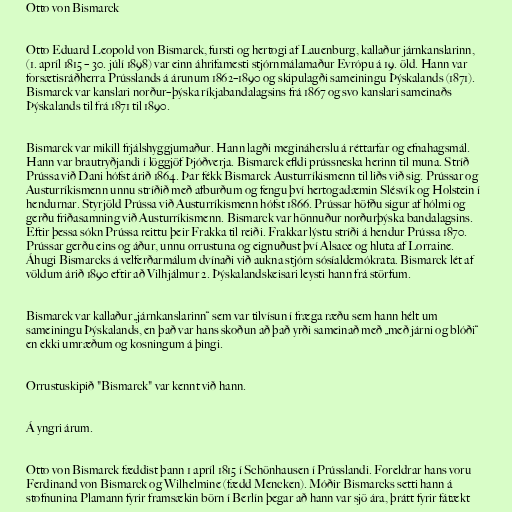
Otto von Bismarck

Otto Eduard Leopold von Bismarck, fursti og hertogi af Lauenburg, kallaður járnkanslarinn,
(1. apríl 1815 – 30. júlí 1898) var einn áhrifamesti stjórnmálamaður Evrópu á 19. öld. Hann var
forsætisráðherra Prússlands á árunum 1862–1890 og skipulagði sameiningu Þýskalands (1871).
Bismarck var kanslari norður–þýska ríkjabandalagsins frá 1867 og svo kanslari sameinaðs
Þýskalands til frá 1871 til 1890.

Bismarck var mikill frjálshyggjumaður. Hann lagði megináherslu á réttarfar og efnahagsmál.
Hann var brautryðjandi í löggjöf Þjóðverja. Bismarck efldi prússneska herinn til muna. Stríð
Prússa við Dani hófst árið 1864. Þar fékk Bismarck Austurríkismenn til liðs við sig. Prússar og
Austurríkismenn unnu stríðið með afburðum og fengu því hertogadæmin Slésvík og Holstein í
hendurnar. Styrjöld Prússa við Austurríkismenn hófst 1866. Prússar höfðu sigur af hólmi og
gerðu friðasamning við Austurríkismenn. Bismarck var hönnuður norðurþýska bandalagsins.
Eftir þessa sókn Prússa reittu þeir Frakka til reiði. Frakkar lýstu stríði á hendur Prússa 1870.
Prússar gerðu eins og áður, unnu orrustuna og eignuðust því Alsace og hluta af Lorraine.
Áhugi Bismarcks á velferðarmálum dvínaði við aukna stjórn sósíaldemókrata. Bismarck lét af
völdum árið 1890 eftir að Vilhjálmur 2. Þýskalandskeisari leysti hann frá störfum.

Bismarck var kallaður „járnkanslarinn“ sem var tilvísun í fræga ræðu sem hann hélt um
sameiningu Þýskalands, en það var hans skoðun að það yrði sameinað með „með járni og blóði“
en ekki umræðum og kosningum á þingi.

Orrustuskipið "Bismarck" var kennt við hann.

Á yngri árum.

Otto von Bismarck fæddist þann 1 apríl 1815 í Schönhausen í Prússlandi. Foreldrar hans voru
Ferdinand von Bismarck og Wilhelmine (fædd Mencken). Móðir Bismarcks setti hann á
stofnunina Plamann fyrir framsækin börn í Berlín þegar að hann var sjö ára, þrátt fyrir fátækt